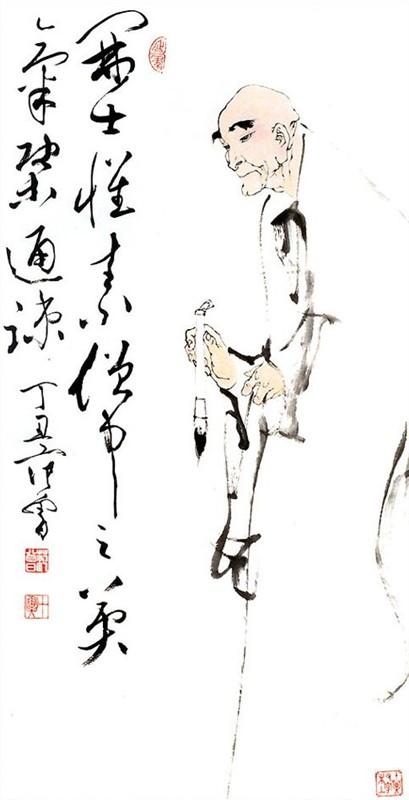
人告之以有过则喜。